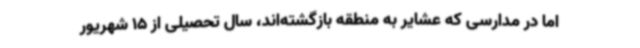
اما در مدارسی که عشایر به منطقه بازگشته‌اند، سال تحصیلی از 15 شهریور